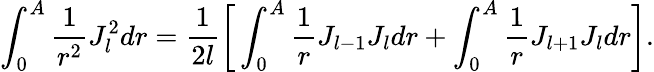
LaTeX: \int_{0}^{A}\frac{1}{r^{2}}J_{l}^{2}dr=\frac{1}{2l}\bigg[\int_{0}^{A}\frac{1}{r}J_{l-1}J_{l}dr+\int_{0}^{A}\frac{1}{r}J_{l+1}J_{l}dr\bigg].